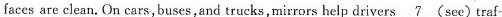
faces are clean. On cars, buses, and trucks, mirrors help drivers \underline{7} (see) traf-